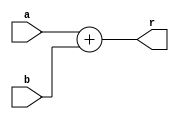
// add.v

module Add(
	input [31:0] a,
	input [31:0] b,
	output [31:0] r
	);

	assign r = a + b;

endmodule